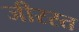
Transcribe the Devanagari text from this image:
जीरस्त